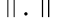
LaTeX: \left\Vert.\right\Vert